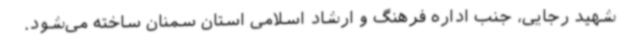
شهید رجایی، جنب اداره فرهنگ و ارشاد اسلامی استان سمنان ساخته می‌شود.